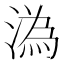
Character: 溈